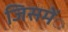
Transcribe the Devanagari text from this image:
जिसमेंंं